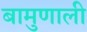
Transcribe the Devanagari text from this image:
बामुणाली